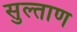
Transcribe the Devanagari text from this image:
सुल्ताण